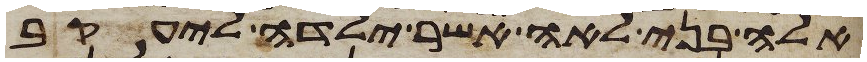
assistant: אלה בני לאה אשר ילדה ליעקב